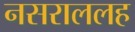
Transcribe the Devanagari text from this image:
नसराललह